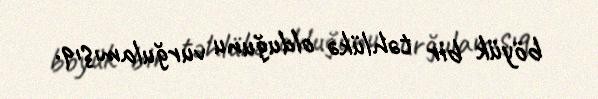
böyük bir təhlükə olduğunu vurğulamışıq.